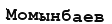
Момынбаев